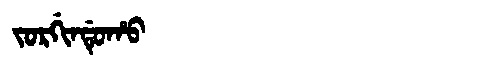
Manchu: ᠵᠣᡵᡤᡳᠨᡩᡠᡥᠣ
Romanization: JORGINDUHO